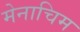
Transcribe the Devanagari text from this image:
मेनाचिम